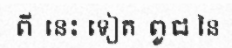
ពី នេះ ទៀត ពូជ នៃ